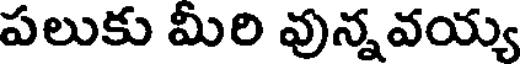
పలుకు మీరి వున్నవయ్య